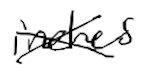
Text: inches
Cross-out: cross
Writing tool: digital_black